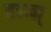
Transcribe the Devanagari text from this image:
हसन्